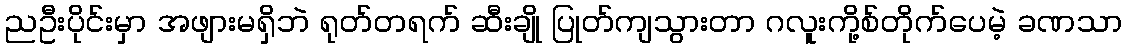
ညဦးပိုင်းမှာ အဖျားမရှိဘဲ ရုတ်တရက် ဆီးချို ပြုတ်ကျသွားတာ ဂလူးကို့စ်တိုက်ပေမဲ့ ခဏသာ